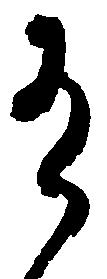
有